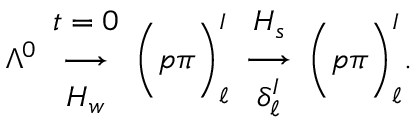
\Lambda ^ { 0 } \begin{array} { c } { { t = 0 } } \\ { { \longrightarrow } } \\ { { H _ { w } } } \end{array} \bigg ( p \pi \bigg ) _ { \ell } ^ { I } \begin{array} { c } { { H _ { s } } } \\ { { \longrightarrow } } \\ { { \delta _ { \ell } ^ { I } } } \end{array} \bigg ( p \pi \bigg ) _ { \ell } ^ { I } .